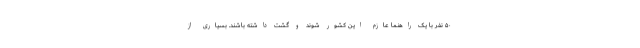
۵۰ نفر با یک راهنما عازم این کشور شوند و گشت داشته باشند. بسیاری از